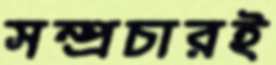
সম্প্রচারই